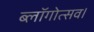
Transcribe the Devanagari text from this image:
ब्लॉगोत्सव।